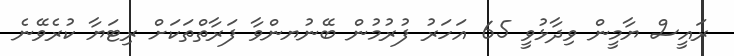
ރައީސް ޔާމީން ވިދާޅުވީ 65 އަހަރު ފުރުމުން ބޭނުޔންވާ ފަރާތްތަކަށް ރިޓަޔާ ކުރެވޭނެ